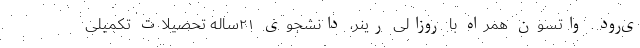
ی‌رود. واتسون همراه با روزالی رینر، دانشجوی ۲۱ساله تحصیلات تکمیلی